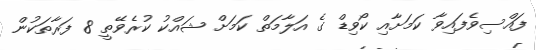
ފައްސިވެފައިވާ ކަމަށާއި ކޯވިޑް ގެ އަލާމަތް ކަމަށް ޝައްކު ކުރެވޭތީ 8 ފަރާތަކުން